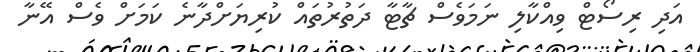
އަދި ރިސޯޓް ވިއްކާލި ނަމަވެސް ޗާޓާ ދަތުރުތައް ކުރިޔަށްދާނެ ކަމަށް ވެސް އޭނާ